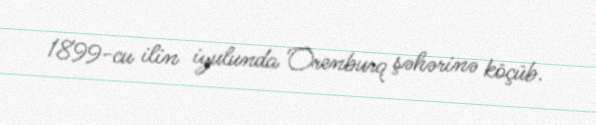
1899-cu ilin iyulunda Orenburq şəhərinə köçüb.